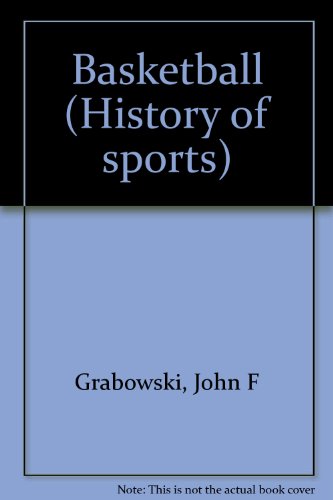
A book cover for Basketball (History of Sports); John F. Grabowski; Teen & Young Adult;